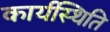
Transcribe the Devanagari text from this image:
कार्यस्थिति